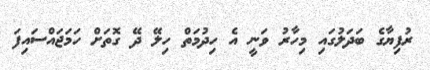
ރުފިޔާގެ ބަދަލުގައި މިހާރު ވަނީ އެ ހިދުމަތް ހިލޭ ދޭ ގޮތަށް ހަމަޖައްސައިފަ